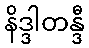
နိဒ္ဒါတန္ဒီ